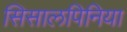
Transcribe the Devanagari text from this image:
सिसालपिनिया